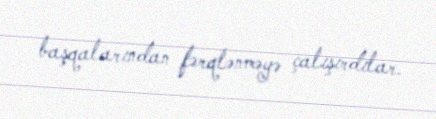
başqalarından fərqlənməyə çalışırdılar.